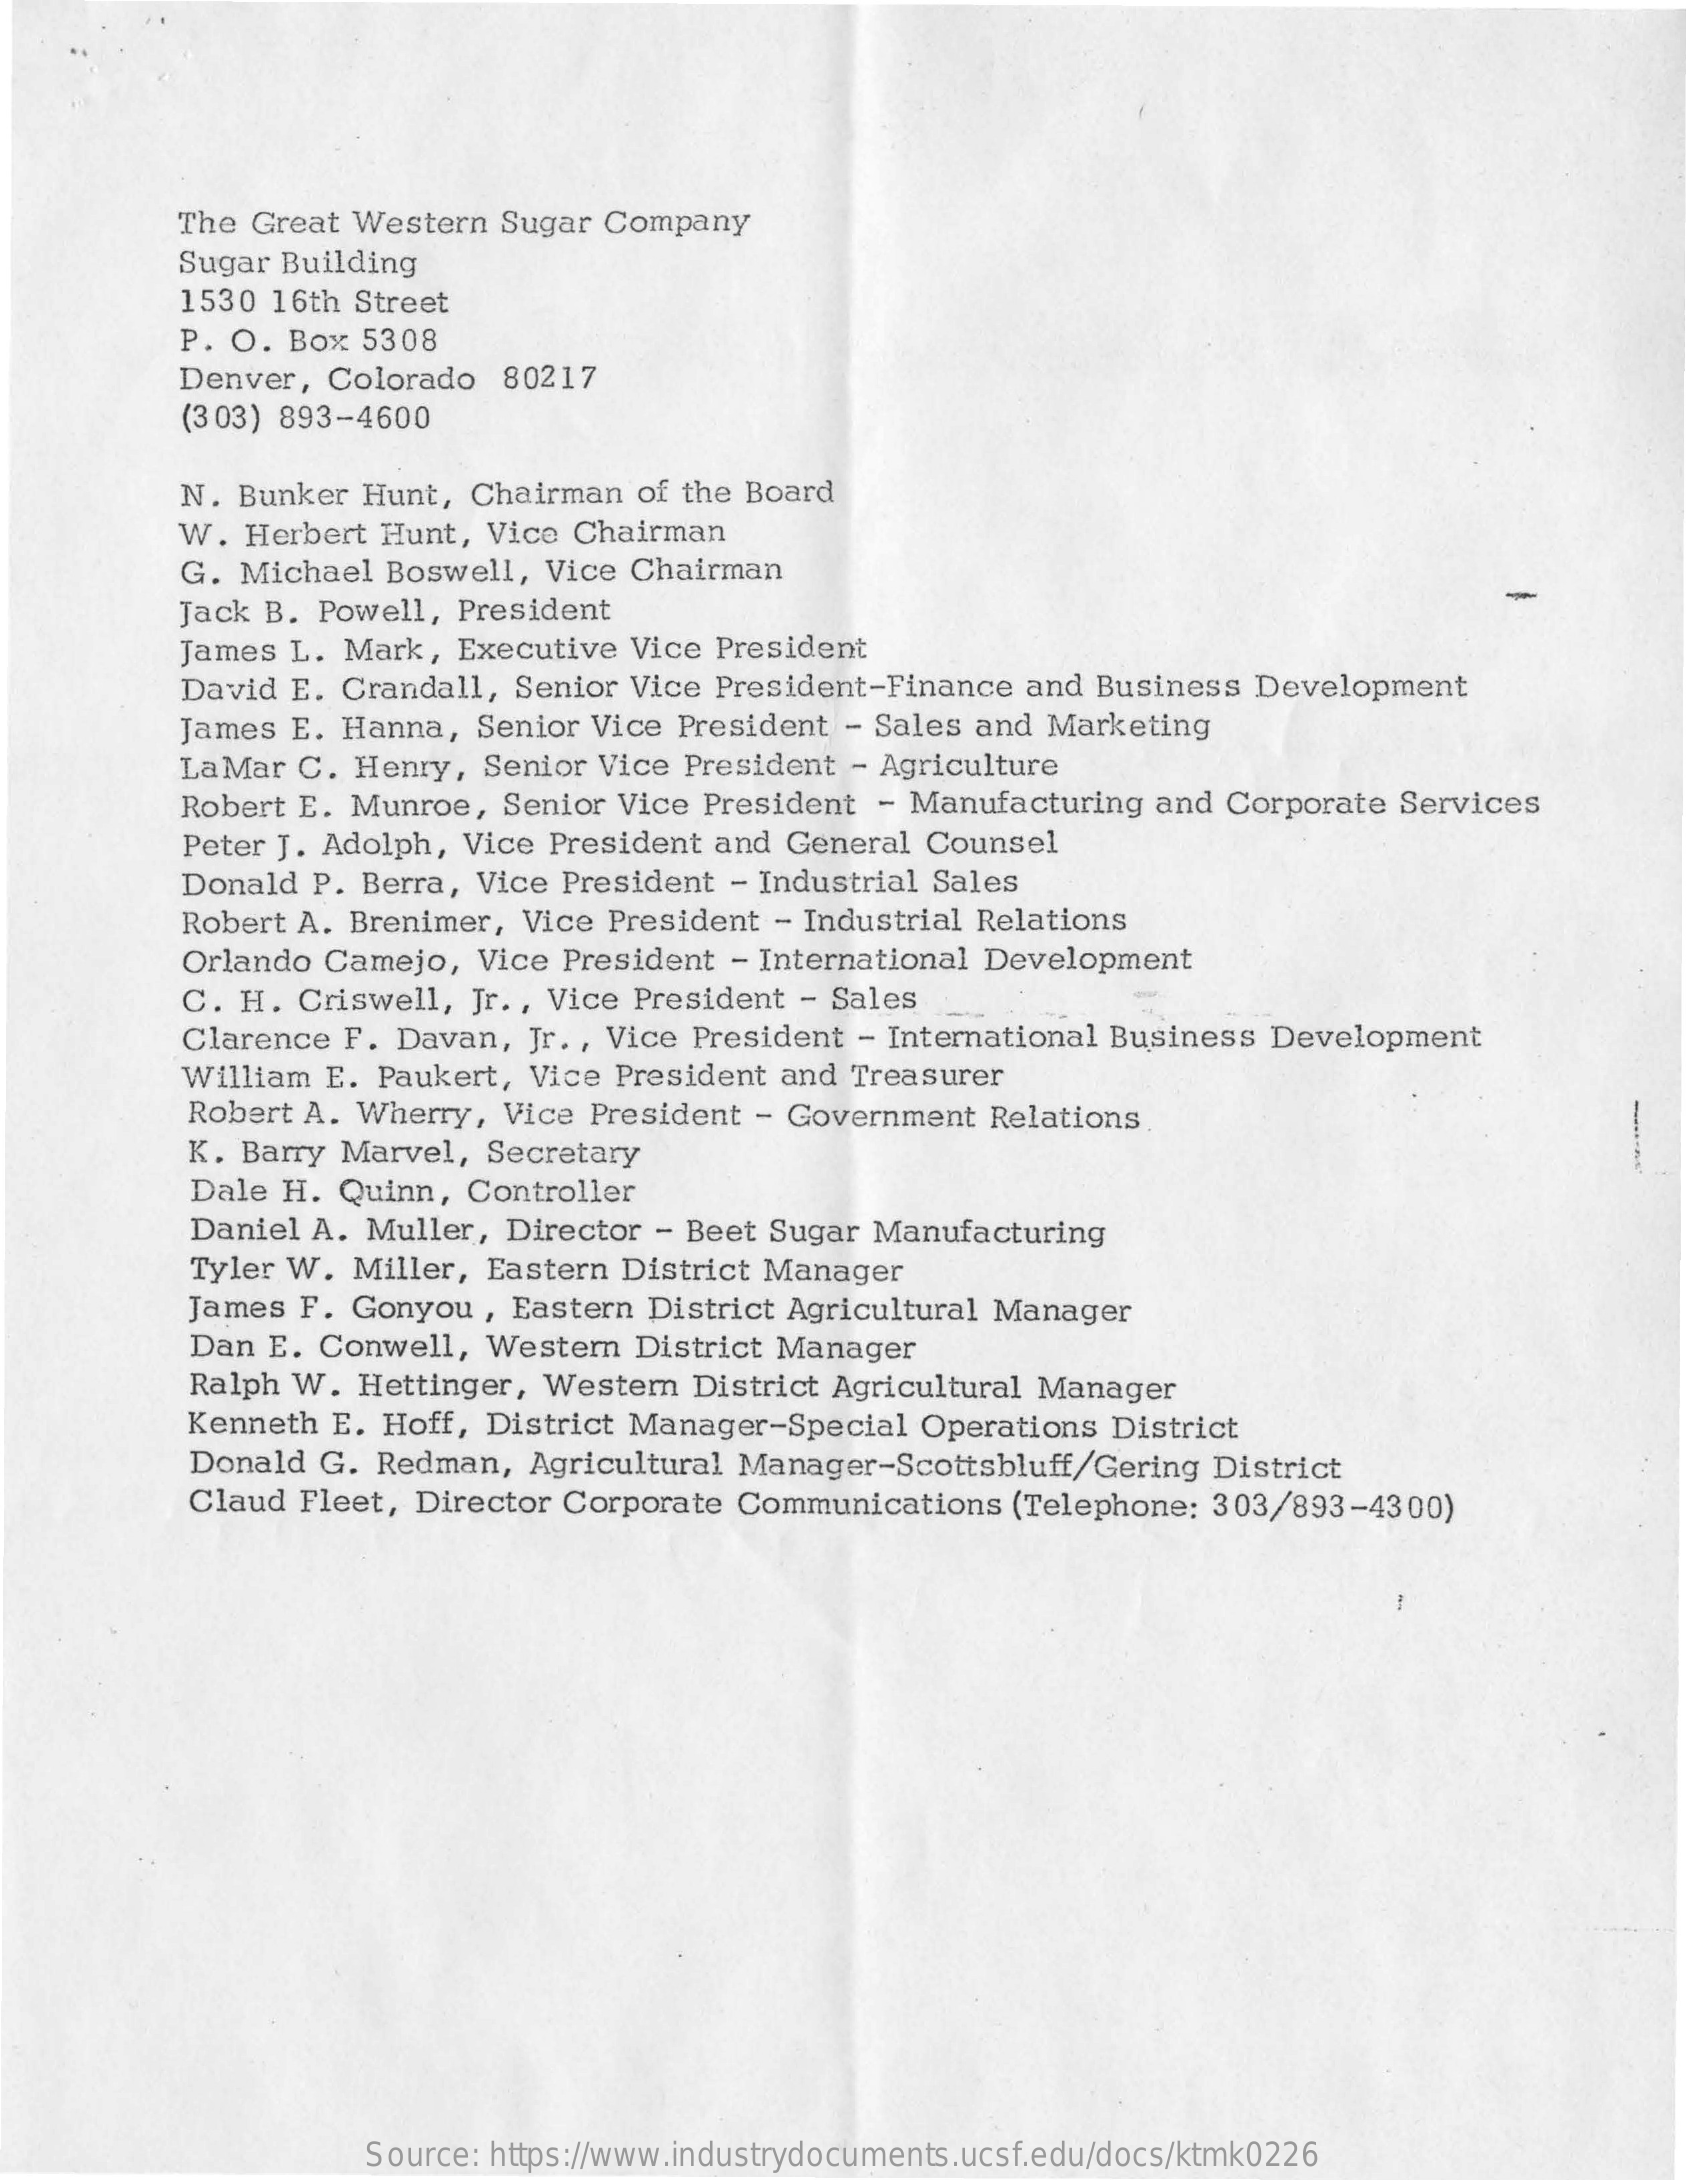
The Great Western Sugar Company
     Sugar Building
     1530 16th Street
     P. O. Box 5308
     Denver, Colorado 80217
     (3 03) 893-4600
     N. Bunker Hunt, Chairman of the Board
     W. Herbert Hunt, Vice Chairman
     G. Michael Boswell, Vice Chairman
     Jack B. Powell, President
     James L. Mark, Executive Vice President
     David E. Crandall, Senior Vice President-Finance and Business Development
     James E. Hanna, Senior Vice President - Sales and Marketing
     LaMar C. Henry, Senior Vice President - Agriculture
     Robert E. Munroe, Senior Vice President - Manufacturing and Corporate Services
     Peter J. Adolph, Vice President and General Counsel
     Donald P. Berra, Vice President - Industrial Sales
     Robert A. Brenimer, Vice President - Industrial Relations
     Orlando Camejo, Vice President - International Development
     C. H. Criswell, Jr ., Vice President - Sales
     Clarence F. Davan, Jr. , Vice President - International Business Development
     William E. Paukert, Vice President and Treasurer
     Robert A. Wherry, Vice President - Government Relations
     -
     K. Barry Marvel, Secretary
     Dale H. Quinn, Controller
     Daniel A. Muller, Director - Beet Sugar Manufacturing
     Tyler W. Miller, Eastern District Manager
     James F. Gonyou , Eastern District Agricultural Manager
     Dan E. Conwell, Western District Manager
     Ralph W. Hettinger, Western District Agricultural Manager
     Kenneth E. Hoff, District Manager-Special Operations District
     Donald G. Redman, Agricultural Manager-Scottsbluff/Gering District
     Claud Fleet, Director Corporate Communications (Telephone: 303/893-4300)
     Source: https://www.industrydocuments.ucsf.edu/docs/ktmk0226